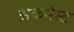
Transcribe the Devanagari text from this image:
अकमेस्ट